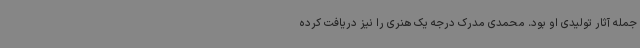
جمله آثار تولیدی او بود. محمدی مدرک درجه یک هنری را نیز دریافت کرده